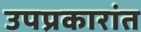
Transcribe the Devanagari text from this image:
उपप्रकारांत